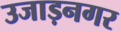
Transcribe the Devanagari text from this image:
उजाड़नगर